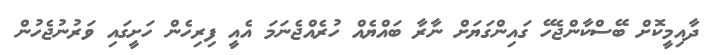
ދާއިމީކޮށް ބޭސްކާންޖެހޭ ގައިންގަޔަށް ނާރާ ބައްޔެއް ހުރެއްޖެނަމަ އެއީ ފިރިހެން ހަށީގައި ވަރުނުޖެހުން